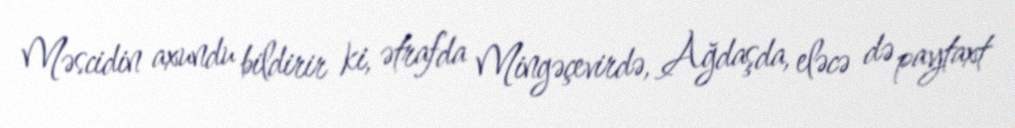
Məscidin axundu bildirir ki, ətrafda Mingəçevirdə, Ağdaşda, eləcə də paytaxt